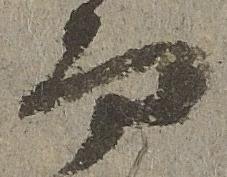
而